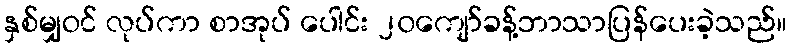
နှစ်မျှဝင် လုပ်ကာ စာအုပ် ပေါင်း ၂၀ကျော်ခန့်ဘာသာပြန်ပေးခဲ့သည်။